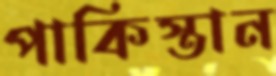
পাকিস্তান